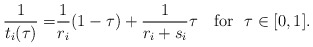
\begin{align*}\frac{1}{t_i(\tau)} =& \frac{1}{r_i}(1-\tau) + \frac{1}{r_i+s_i} \tau ~~~ \mbox{for~~} \tau \in [0,1].\end{align*}